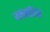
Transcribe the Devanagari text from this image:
जनजातियो